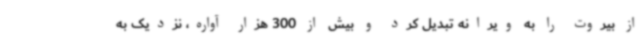
از بیروت را به ویرانه تبدیل کرد و بیش از 300 هزار آواره، نزدیک به